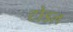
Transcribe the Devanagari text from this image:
टोडल